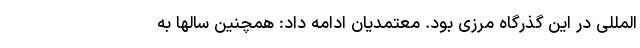
المللی در این گذرگاه مرزی بود. معتمدیان ادامه داد: همچنین سالها به